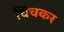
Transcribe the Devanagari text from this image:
चिंचकर